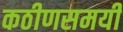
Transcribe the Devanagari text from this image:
कठीणसमयी